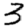
Digit: 3